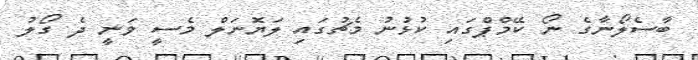
ބާސެލޯނާގެ ނޯ ކޭމްޕްގައި ކުޅުނު މެޗުގައި ލަޔޮނަލް މެސީ ވަނީ ދެ ގޯލު